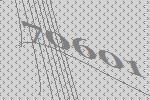
70601